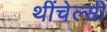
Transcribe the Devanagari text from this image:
थींचेल्सी